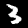
Digit: 3